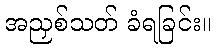
အညှစ်သတ် ခံရခြင်း။